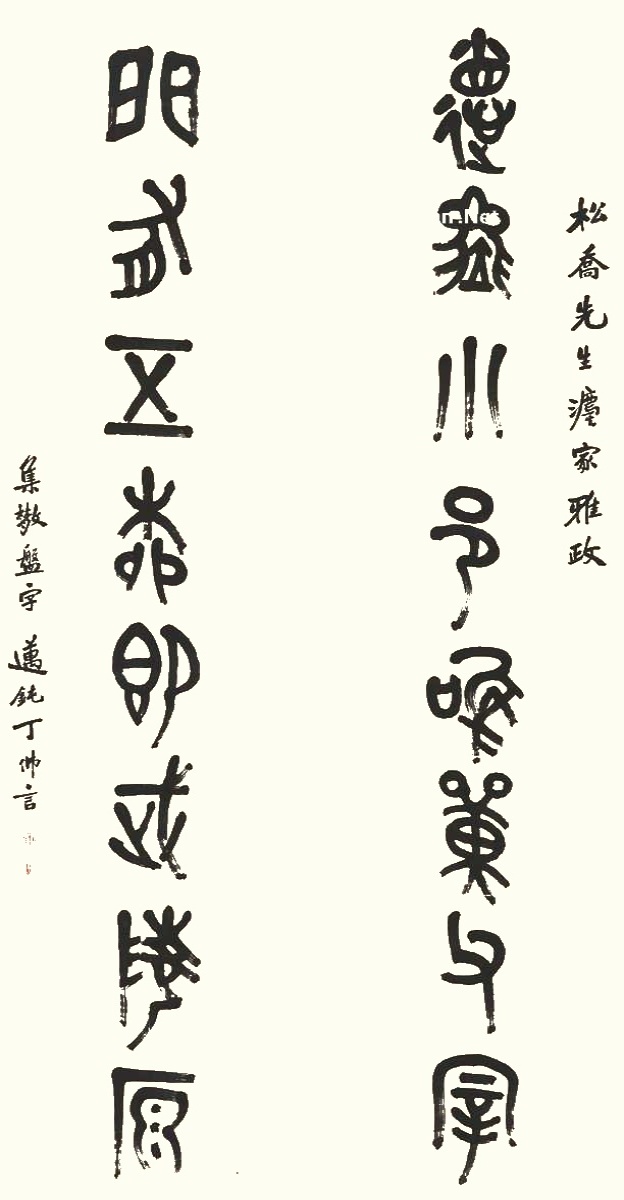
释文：德率小邑唯单父宰，门有五柳即武陵源。松乔先生法家雅政，集散盘字，迈钝丁佛言。